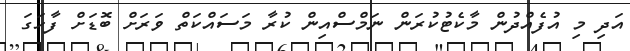
އަދި މި އުފެއްދުން މާކެޓުކުރަން ނަމްސްއިން ކުރާ މަސައްކަތް ވަރަށް ބޮޑަށް ފާހަގަ